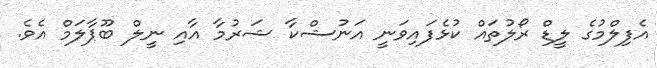
އެފިލްމުގެ ލީޑް ރޯލުތައް ކުޅެފައިވަނީ އަނުޝްކާ ޝަރުމާ އާއި ނީލް ބޫޕާލަމް އެވެ.